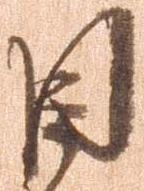
目